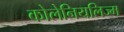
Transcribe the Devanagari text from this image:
कोलेनियलिज्म